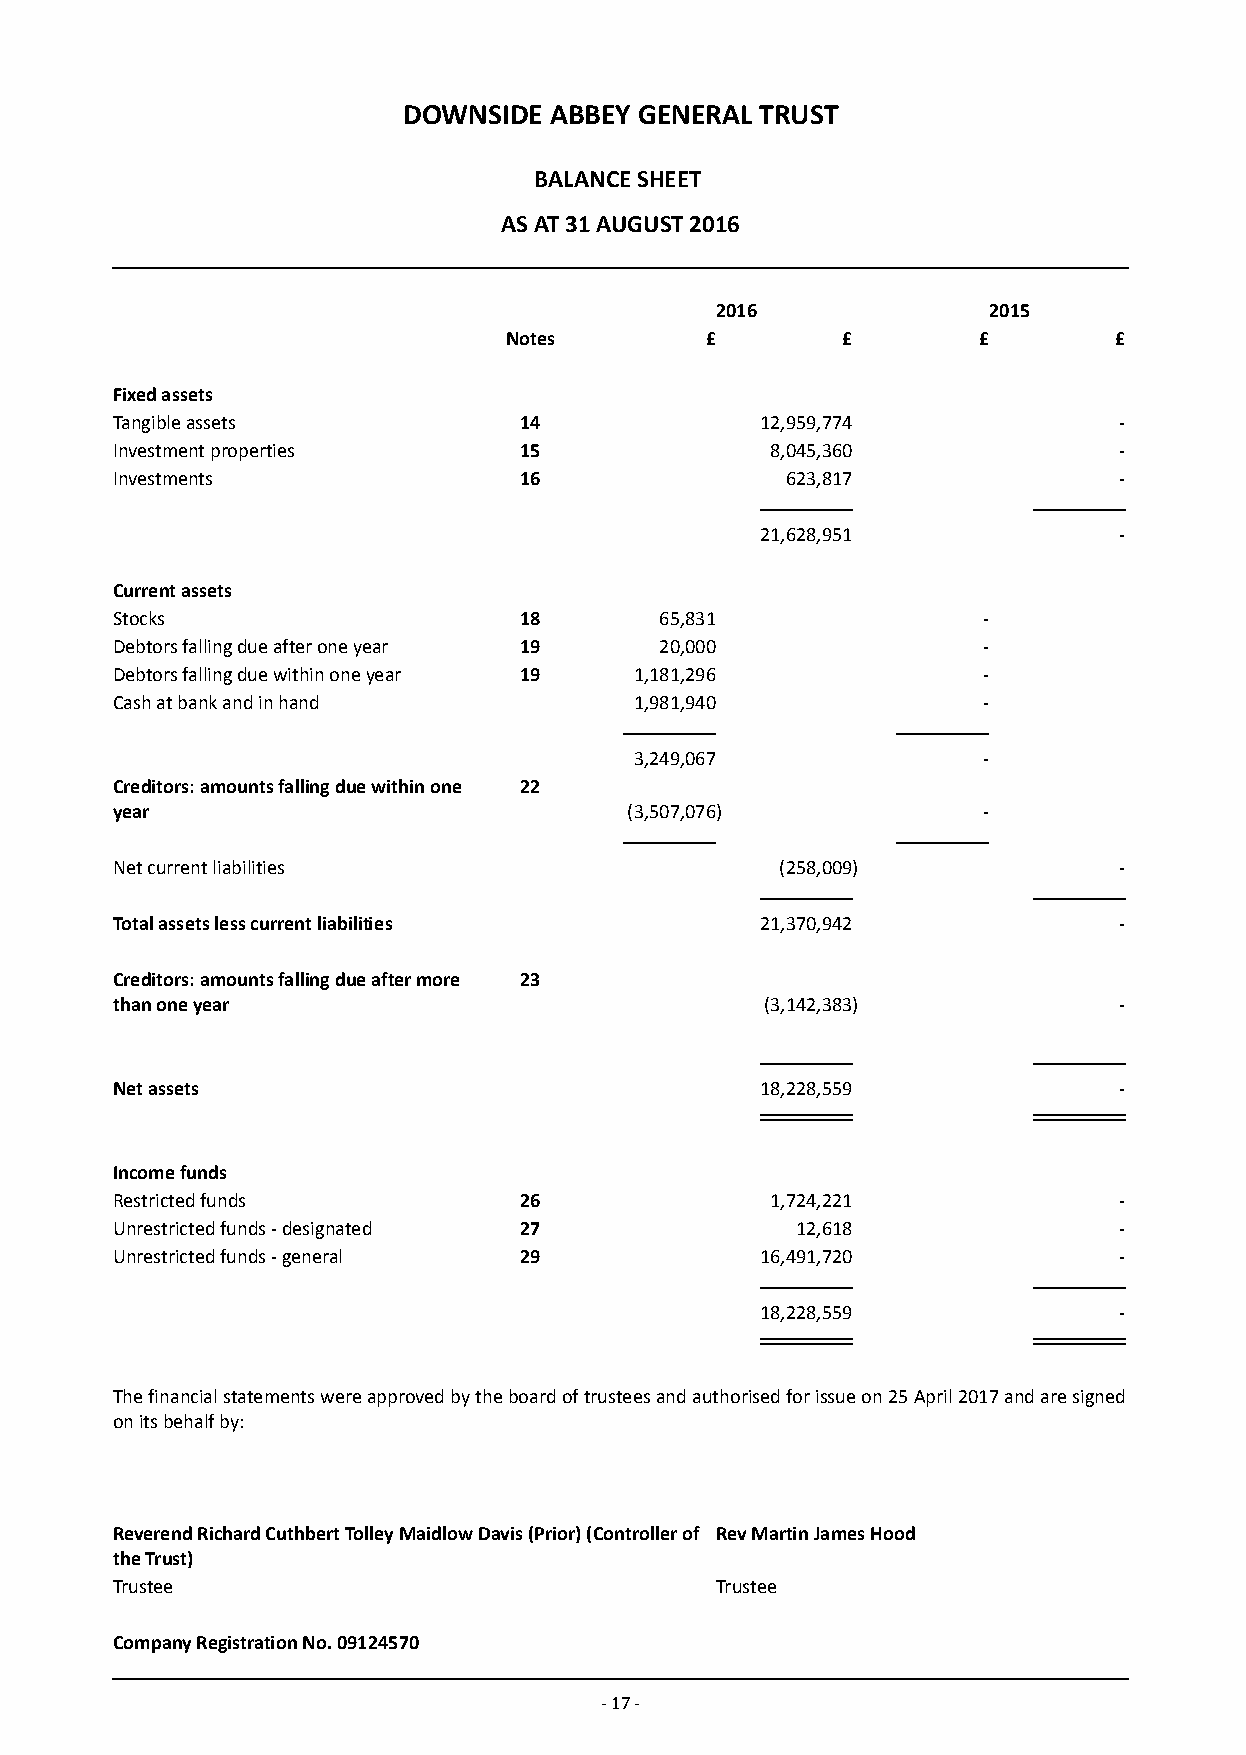
DOWNSIDE ABBEY GENERAL TRUST
 BALANCE SHEET
 AS AT 31 AUGUST 2016
 2016              2015
 Notes         £        £        £        £
 Fixed assets
 Tangible assets            14              12,959,774              -
 Investment properties      15               8,045,360              -
 Investments                16                623,817               -
 21,628,951              -
 Current assets
 Stocks                     18        65,831               -
 Debtors falling due after one year 19 20,000              -
 Debtors falling due within one year 19 1,181,296          -
 Cash at bank and in hand           1,981,940              -
 3,249,067              -
 Creditors: amounts falling due within one 22
 year                               (3,507,076)            -
 Net current liabilities                      (258,009)             -
 Total assets less current liabilities      21,370,942              -
 Creditors: amounts falling due after more 23
 than one year                               (3,142,383)            -
 Net assets                                 18,228,559              -
 Income funds
 Restricted funds           26               1,724,221              -
 Unrestricted funds - designated 27            12,618               -
 Unrestricted funds - general 29            16,491,720              -
 18,228,559              -
 The financial statements were approved by the board of trustees and authorised for issue on 25 April 2017 and are signed
 on its behalf by:
 Reverend Richard Cuthbert Tolley Maidlow Davis (Prior) (Controller of Rev Martin James Hood
 the Trust)
 Trustee                                 Trustee
 Company Registration No. 09124570
 - 17 -